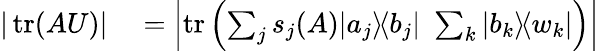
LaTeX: \begin{array}{rl}{|\operatorname{tr}(AU)|}&{{}=\left|\operatorname{tr}\left(\sum_{j}s_{j}(A)|a_{j}\rangle\! \langle b_{j}|\, \, \sum_{k}|b_{k}\rangle\! \langle w_{k}|\right)\right|}\end{array}